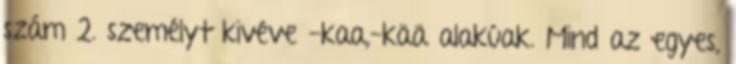
szám 2. személyt kivéve -kaa,-kää alakúak. Mind az egyes,